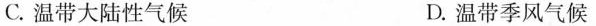
C.温带大陆性气候 D.温带季风气候